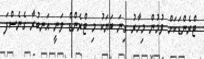
ޓްރެންޑަކަށް ވުމުން މިހާރު ގިނަ ބަޔަކު މި ޓްރެންޑް ވަނީ އަނބުރާ ގެނެސްފަ